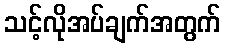
သင့်လိုအပ်ချက်အတွက်